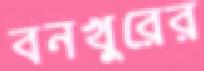
বনখুরের